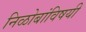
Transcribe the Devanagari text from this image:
निळोबांविषयी